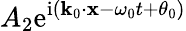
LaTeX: A_{2}\mathrm{e}^{\mathrm{i}(\mathbf{k}_{0}\cdot\mathbf{x}-\omega_{0}t+\theta_{0})}